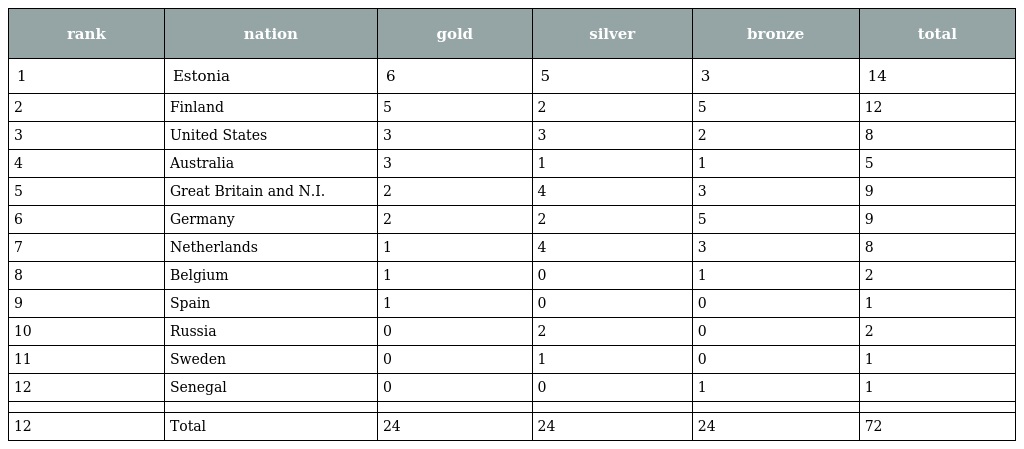
| rank | nation | gold | silver | bronze | total |
 | --- | --- | --- | --- | --- | --- |
 | 1 | Estonia | 6 | 5 | 3 | 14 |
 | 2 | Finland | 5 | 2 | 5 | 12 |
 | 3 | United States | 3 | 3 | 2 | 8 |
 | 4 | Australia | 3 | 1 | 1 | 5 |
 | 5 | Great Britain and N.I. | 2 | 4 | 3 | 9 |
 | 6 | Germany | 2 | 2 | 5 | 9 |
 | 7 | Netherlands | 1 | 4 | 3 | 8 |
 | 8 | Belgium | 1 | 0 | 1 | 2 |
 | 9 | Spain | 1 | 0 | 0 | 1 |
 | 10 | Russia | 0 | 2 | 0 | 2 |
 | 11 | Sweden | 0 | 1 | 0 | 1 |
 | 12 | Senegal | 0 | 0 | 1 | 1 |
 |  |  |  |  |  |  |
 | 12 | Total | 24 | 24 | 24 | 72 |